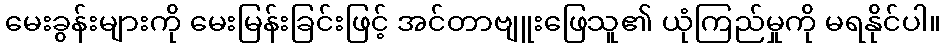
မေးခွန်းများကို မေးမြန်းခြင်းဖြင့် အင်တာဗျူးဖြေသူ၏ ယုံကြည်မှုကို မရနိုင်ပါ။